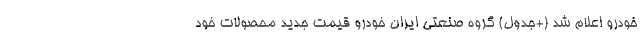
خودرو اعلام شد (+جدول) گروه صنعتی ایران خودرو قیمت جدید محصولات خود